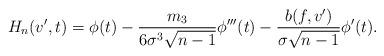
LaTeX: \begin{align*}H_n(v', t) = \phi(t) - \frac{m_3}{ 6 \sigma^3 \sqrt{n-1}} \phi'''(t) - \frac{ b(f, v') }{ \sigma \sqrt{n-1} } \phi'(t). \end{align*}